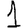
Digit: 1